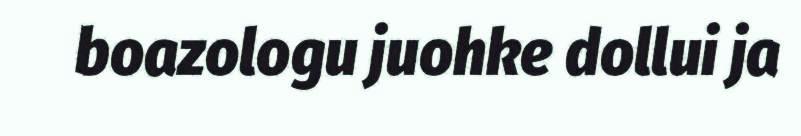
boazologu juohke dollui ja